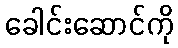
ခေါင်းဆောင်ကို